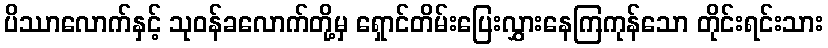
ပိဿာလောက်နှင့် သုဝန်ခလောက်တို့မှ ရှောင်တိမ်းပြေးလွှားနေကြကုန်သော တိုင်းရင်းသား